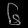
Digit: ၆